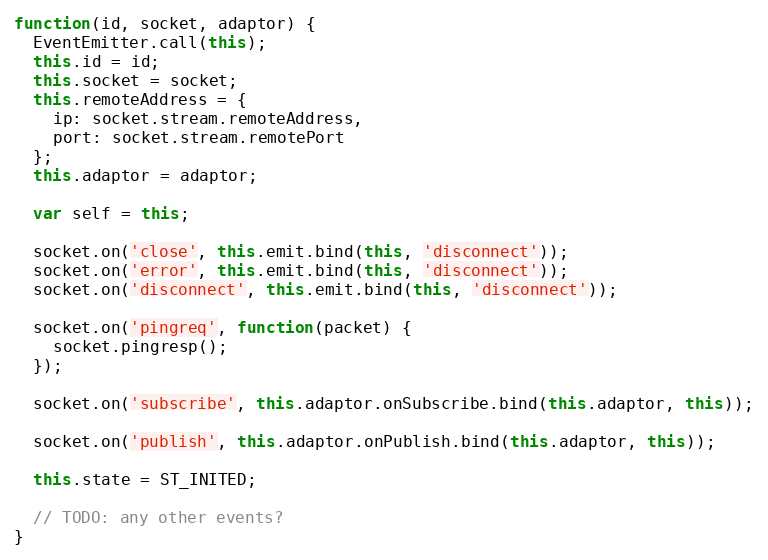
Language: JavaScript
function(id, socket, adaptor) {
  EventEmitter.call(this);
  this.id = id;
  this.socket = socket;
  this.remoteAddress = {
    ip: socket.stream.remoteAddress,
    port: socket.stream.remotePort
  };
  this.adaptor = adaptor;

  var self = this;

  socket.on('close', this.emit.bind(this, 'disconnect'));
  socket.on('error', this.emit.bind(this, 'disconnect'));
  socket.on('disconnect', this.emit.bind(this, 'disconnect'));

  socket.on('pingreq', function(packet) {
    socket.pingresp();
  });

  socket.on('subscribe', this.adaptor.onSubscribe.bind(this.adaptor, this));

  socket.on('publish', this.adaptor.onPublish.bind(this.adaptor, this));

  this.state = ST_INITED;

  // TODO: any other events?
}